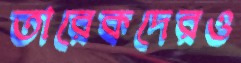
তারেকদেরও